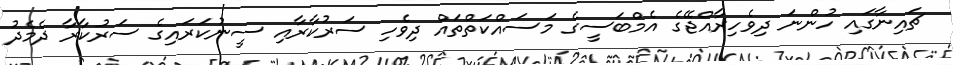
ޗައިނާގައި ހުންނަ ދިވެހިރާއްޖޭގެ އެމްބަސީގެ މަސައްކަތްތައް ދިވެހި ސަރުކާރާއި ސީނުކަރައިގެ ސަރުކާރާ ދެމެދު